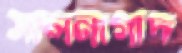
সালনাগাদ